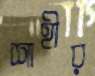
শাহীর